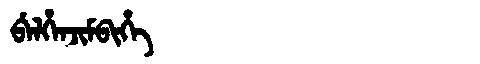
Manchu: ᠪᡝᠯᡥᡝᠨᠵᡳᠮᠪᡳᡥᡝ
Romanization: BELHENJIMBIHE